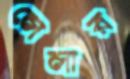
লেলার